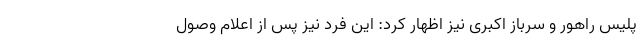
پلیس راهور و سرباز اکبری نیز اظهار کرد: این فرد نیز پس از اعلام‌ وصول